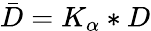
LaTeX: \bar{D}=K_{\alpha}*D